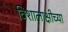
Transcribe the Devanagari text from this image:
विशालाक्षीच्या